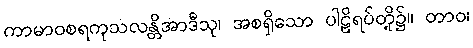
ကာမာဝစရကုသလန္တိအာဒီသု၊ အစရှိသော ပါဠိရပ်တို့၌။ တာဝ၊